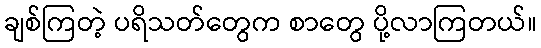
ချစ်ကြတဲ့ ပရိသတ်တွေက စာတွေ ပို့လာကြတယ်။